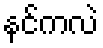
နင်ကလဲ